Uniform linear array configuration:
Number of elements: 4
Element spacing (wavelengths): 0.5
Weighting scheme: cosine
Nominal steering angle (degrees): -30
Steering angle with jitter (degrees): -30.05
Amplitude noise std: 0.05
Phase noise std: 0.05

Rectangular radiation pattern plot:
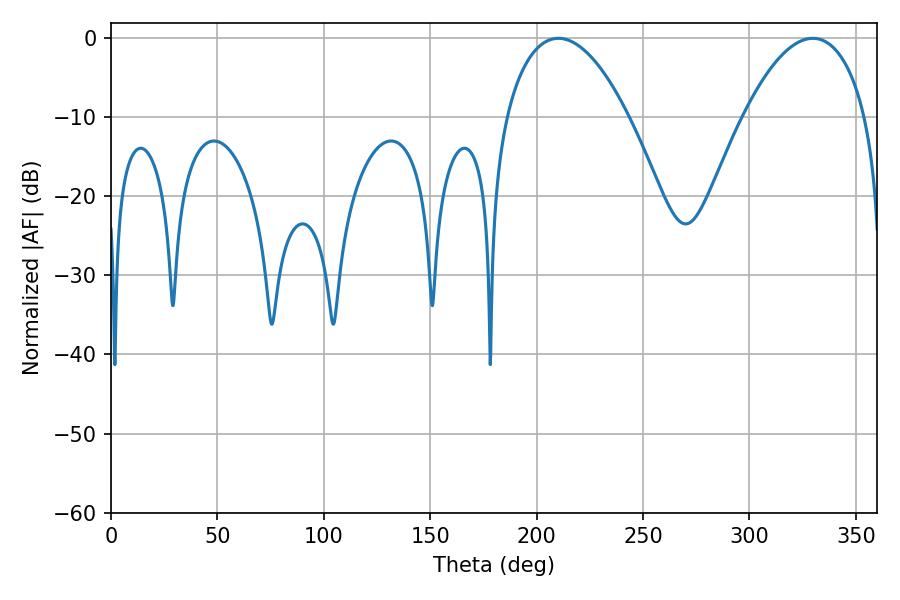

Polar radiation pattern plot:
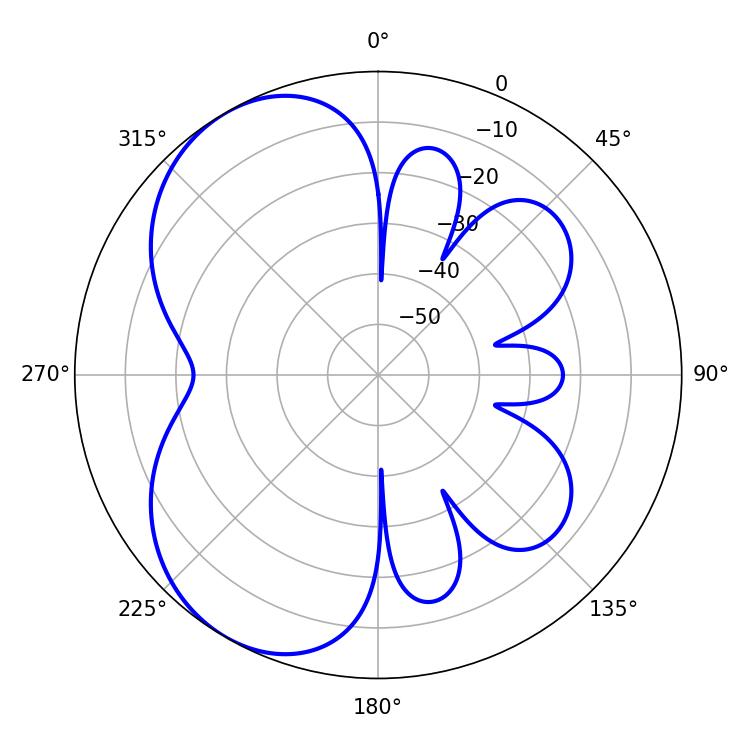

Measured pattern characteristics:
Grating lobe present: FALSE
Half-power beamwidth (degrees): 32.22
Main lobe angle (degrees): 210.24